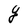
Character: g